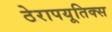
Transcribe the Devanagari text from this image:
ठेरापयूतिक्स